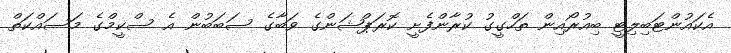
އެކައުންޓަބިލިޓީ ބިއުރޯއިން ތަހްގީގު ކުރާންފެށީ ކޮރަޕްޝަންގެ ވަބާގެ ސަބަބުން އެ ސްކީމްގެ މަސައްކަތް